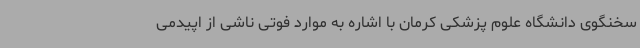
سخنگوی دانشگاه علوم پزشکی کرمان با اشاره به موارد فوتی ناشی از اپیدمی